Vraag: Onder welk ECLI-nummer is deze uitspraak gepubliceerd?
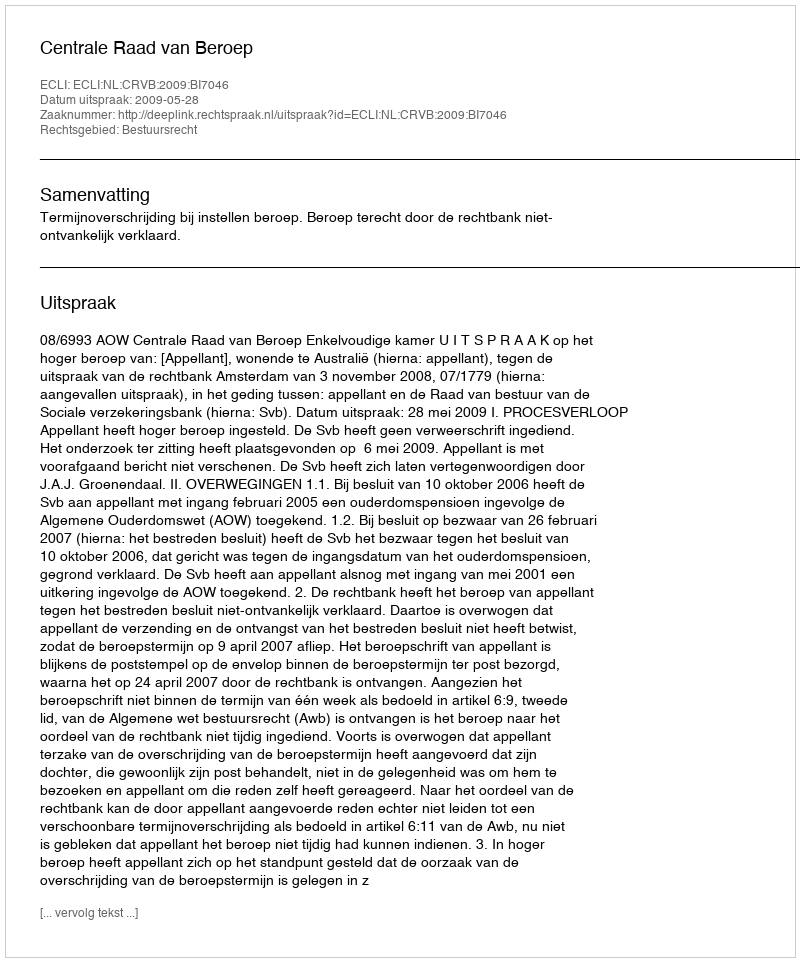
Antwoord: ECLI:NL:CRVB:2009:BI7046